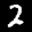
Label: 2